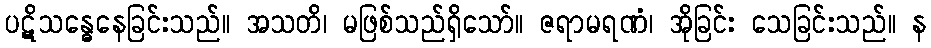
ပဋိသန္ဓေနေခြင်းသည်။ အသတိ၊ မဖြစ်သည်ရှိသော်။ ဇရာမရဏံ၊ အိုခြင်း သေခြင်းသည်။ န